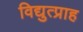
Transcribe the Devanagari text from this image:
विद्युत्प्राह